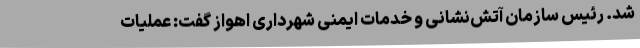
شد. رئیس سازمان آتش‌نشانی و خدمات ایمنی شهرداری اهواز گفت: عملیات